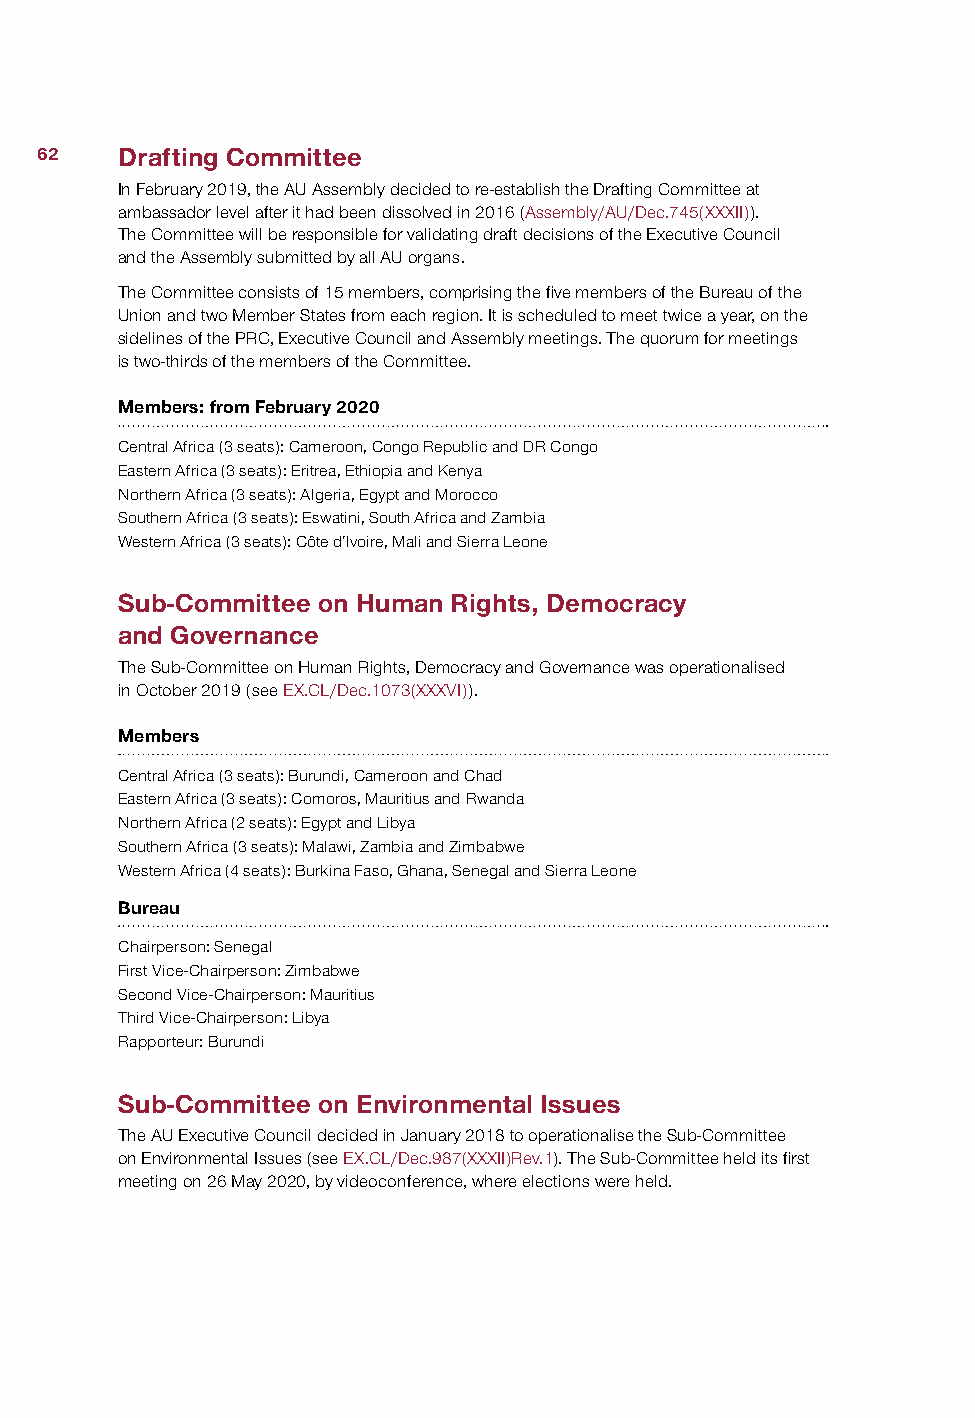
62    Drafting Committee
 In February 2019, the AU Assembly decided to re-establish the Drafting Committee at
 ambassador level after it had been dissolved in 2016 (Assembly/AU/Dec.745(XXXII)).
 The Committee will be responsible for validating draft decisions of the Executive Council
 and the Assembly submitted by all AU organs.
 The Committee consists of 15 members, comprising the five members of the Bureau of the
 Union and two Member States from each region. It is scheduled to meet twice a year, on the
 sidelines of the PRC, Executive Council and Assembly meetings. The quorum for meetings
 is two-thirds of the members of the Committee.
 Members: from February 2020
 Central Africa (3 seats): Cameroon, Congo Republic and DR Congo
 Eastern Africa (3 seats): Eritrea, Ethiopia and Kenya
 Northern Africa (3 seats): Algeria, Egypt and Morocco
 Southern Africa (3 seats): Eswatini, South Africa and Zambia
 Western Africa (3 seats): Côte d’Ivoire, Mali and Sierra Leone
 Sub-Committee on Human Rights, Democracy
 and Governance
 The Sub-Committee on Human Rights, Democracy and Governance was operationalised
 in October 2019 (see EX.CL/Dec.1073(XXXVI)).
 Members
 Central Africa (3 seats): Burundi, Cameroon and Chad
 Eastern Africa (3 seats): Comoros, Mauritius and Rwanda
 Northern Africa (2 seats): Egypt and Libya
 Southern Africa (3 seats): Malawi, Zambia and Zimbabwe
 Western Africa (4 seats): Burkina Faso, Ghana, Senegal and Sierra Leone
 Bureau
 Chairperson: Senegal
 First Vice-Chairperson: Zimbabwe
 Second Vice-Chairperson: Mauritius
 Third Vice-Chairperson: Libya
 Rapporteur: Burundi
 Sub-Committee on Environmental Issues
 The AU Executive Council decided in January 2018 to operationalise the Sub-Committee
 on Environmental Issues (see EX.CL/Dec.987(XXXII)Rev.1). The Sub-Committee held its first
 meeting on 26 May 2020, by videoconference, where elections were held.